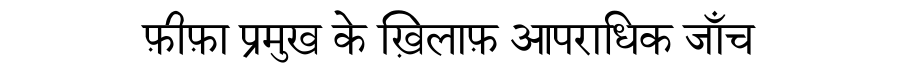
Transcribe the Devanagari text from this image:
फ़ीफ़ा प्रमुख के ख़िलाफ़ आपराधिक जाँच